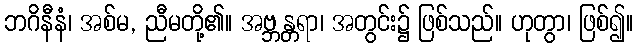
ဘဂိနီနံ၊ အစ်မ, ညီမတို့၏။ အဗ္ဘန္တရာ၊ အတွင်း၌ ဖြစ်သည်။ ဟုတွာ၊ ဖြစ်၍။